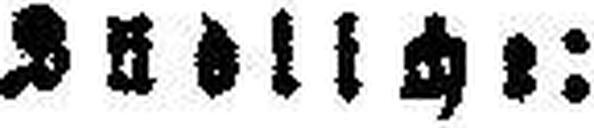
S###licht: